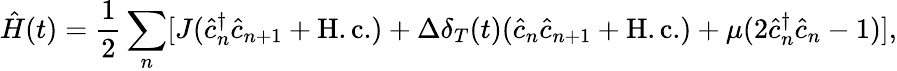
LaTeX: \hat{H}(t)=\frac{1}{2}\sum_{n}[J(\hat{c}_{n}^{\dagger}\hat{c}_{n+1}+\mathrm{H.c.})+\Delta\delta_{T}(t)(\hat{c}_{n}\hat{c}_{n+1}+\mathrm{H.c.})+\mu(2\hat{c}_{n}^{\dagger}\hat{c}_{n}-1)],